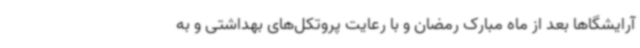
آرایشگاها بعد از ماه مبارک رمضان و با رعایت پروتکل‌های بهداشتی و به